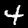
Digit: 4